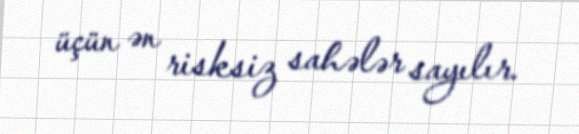
üçün ən risksiz sahələr sayılır.